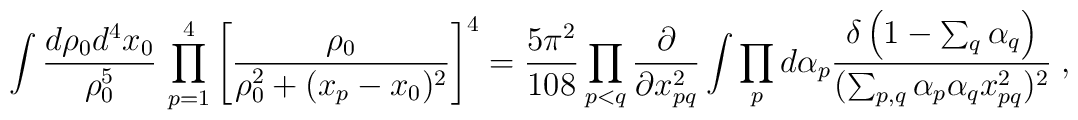
\int {d\rho_0 d^4 x_{0} \over \rho_0^5}  \, \prod_{p=1}^4 {\left[ {\rho_0 \over {\rho_0^2 + (x_p - x_{0})^2}}  \right]}^4 = \frac{5\pi^{2}}{108} \prod_{p<q} {\partial \over \partial x_{pq}^2} \int \prod_{p} d\alpha_p  {\delta \left( 1-\sum_q \alpha_q \right)  \over (\sum_{p,q} \alpha_p \alpha_q x_{pq}^2 )^{2}} \; ,